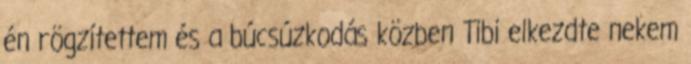
én rögzítettem és a búcsúzkodás közben Tibi elkezdte nekem